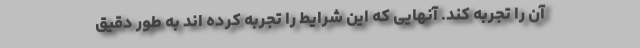
آن را تجربه کند. آنهایی که این شرایط را تجربه کرده اند به طور دقیق